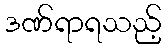
ဒဏ်ရာရသည့်